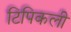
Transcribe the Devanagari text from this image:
टिपिकली